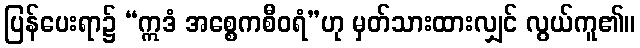
ပြန်ပေးရာ၌ “ဣဒံ အစ္စေကစီဝရံ”ဟု မှတ်သားထားလျှင် လွယ်ကူ၏။